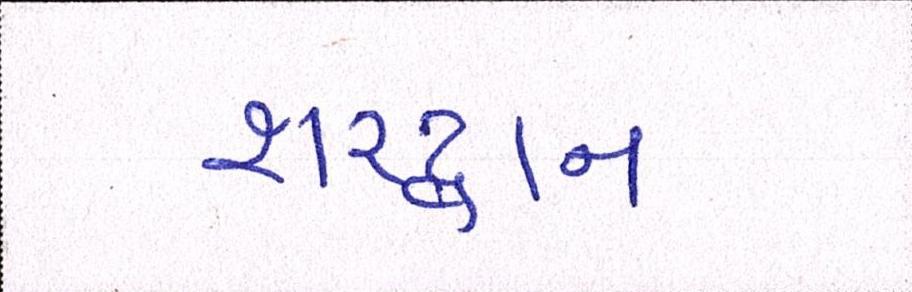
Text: શરદ્વાન